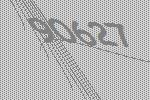
90627